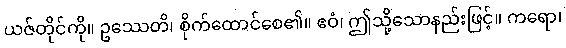
ယဇ်တိုင်ကို။ ဥဿေတိ၊ စိုက်ထောင်စေ၏။ ဧဝံ၊ ဤသို့သောနည်းဖြင့်။ ကရော၊